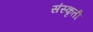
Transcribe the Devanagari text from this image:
संस्कृती